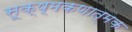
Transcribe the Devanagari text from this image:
सूक्ष्मकणात्मक